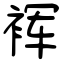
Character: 裈